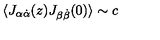
\langle J _ { \alpha \dot { \alpha } } ( z ) J _ { \beta \dot { \beta } } ( 0 ) \rangle \sim { c }